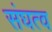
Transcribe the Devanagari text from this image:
संघत्व